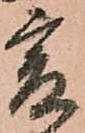
爰